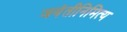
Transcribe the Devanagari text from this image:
जयंतीनिमित्य